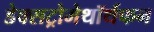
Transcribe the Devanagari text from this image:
डेक्सट्रोमेथॉर्थफन